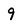
Character: 9